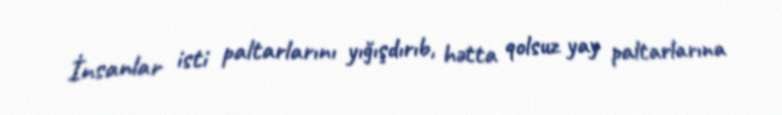
İnsanlar isti paltarlarını yığışdırıb, hətta qolsuz yay paltarlarına